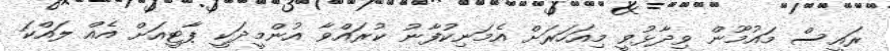
ރައީސް މައުމޫން ވިދާޅުވީ މިއަހަރަށް އެމަނިކުފާނު ކުރައްވާ އުންމީދަކީ ޕާޓީއަށް އެއް ލައްކަ